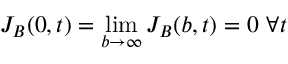
J _ { B } ( 0 , t ) = \operatorname* { l i m } _ { b \rightarrow \infty } J _ { B } ( b , t ) = 0 \ \forall t